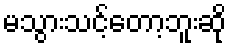
မသွားသင့်တော့ဘူးဆို